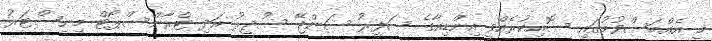
މި އެއްބަސްވުމުގައި ސޮއިކުރެއްވީ އިންޑިއާގެ ސަފީރު ސަންޖޭ ސުދީރު އަދި ޓްރާންސްޕޯޓް މިނިސްޓަރު